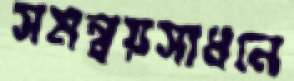
সমন্বয়সাধনে